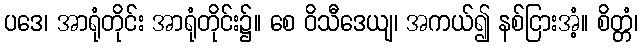
ပဒေ၊ အာရုံတိုင်း အာရုံတိုင်း၌။ စေ ဝိသီဒေယျ၊ အကယ်၍ နစ်ငြားအံ့။ စိတ္တံ၊